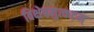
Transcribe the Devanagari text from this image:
विक्षेपमुत्कटम्